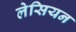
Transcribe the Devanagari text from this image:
लेसियन